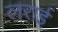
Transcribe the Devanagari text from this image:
लराई